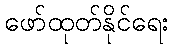
ဖော်ထုတ်နိုင်ရေး